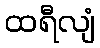
ထရီလျံ